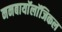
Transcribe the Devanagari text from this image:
ननबायाॅलाॅजिकल